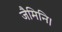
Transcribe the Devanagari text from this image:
जैमिनि।